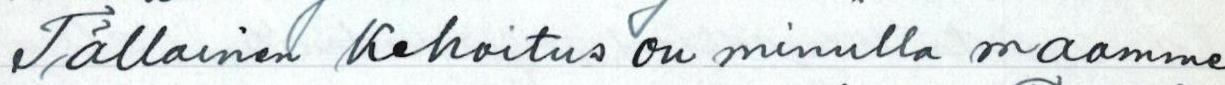
Tällainen kehoitus on minulla maamme